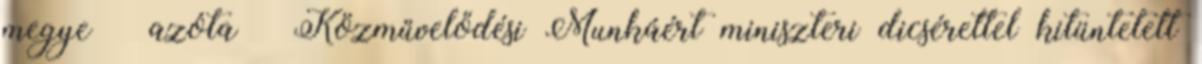
megye – azóta – Közművelődési Munkáért miniszteri dicsérettel kitüntetett